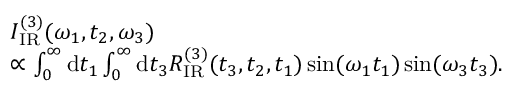
\begin{array} { r l } & { I _ { \mathrm { I R } } ^ { ( 3 ) } ( \omega _ { 1 } , t _ { 2 } , \omega _ { 3 } ) } \\ & { \propto \int _ { 0 } ^ { \infty } \mathrm { d } t _ { 1 } \int _ { 0 } ^ { \infty } \mathrm { d } t _ { 3 } R _ { \mathrm { I R } } ^ { ( 3 ) } ( t _ { 3 } , t _ { 2 } , t _ { 1 } ) \sin ( \omega _ { 1 } t _ { 1 } ) \sin ( \omega _ { 3 } t _ { 3 } ) . } \end{array}